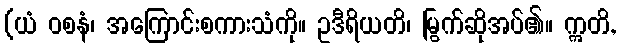
(ယံ ဝစနံ၊ အကြောင်းစကားသံကို။ ဥဒီရိယတိ၊ မြွက်ဆိုအပ်၏။ ဣတိ,